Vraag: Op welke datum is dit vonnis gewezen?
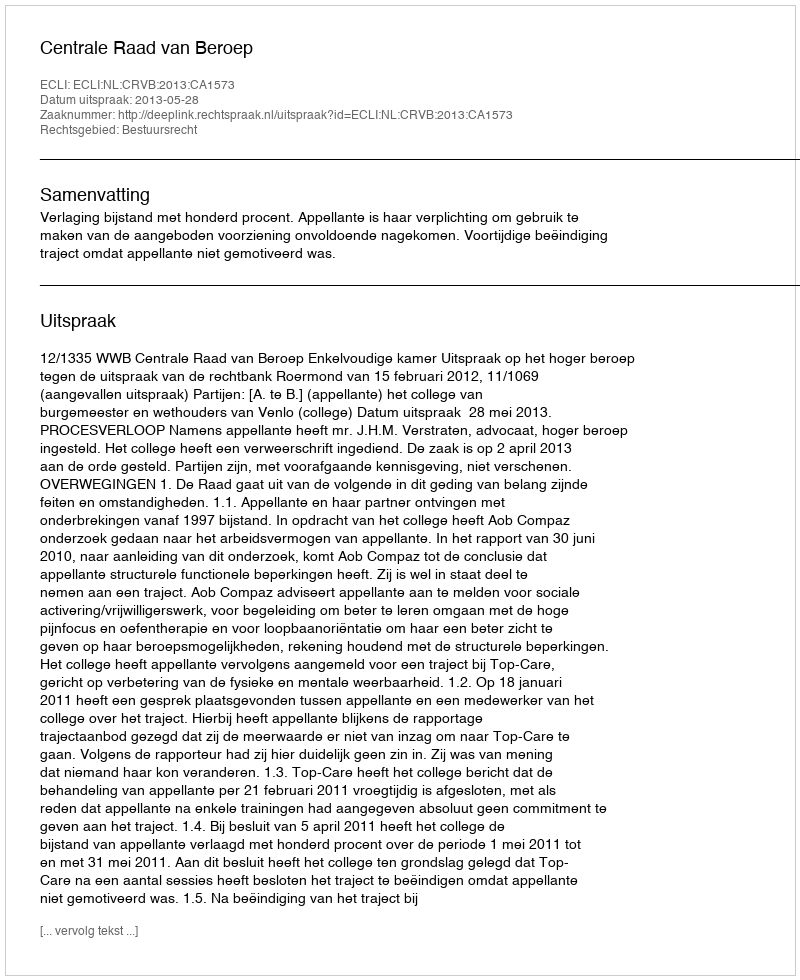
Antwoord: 2013-05-28